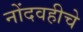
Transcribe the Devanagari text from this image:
नोंदवहीचे